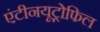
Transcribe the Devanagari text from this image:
एंटीनयूट्रोफिल